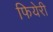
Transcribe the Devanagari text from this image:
फियेरी